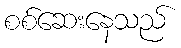
စစ်ဆေးနေသည်